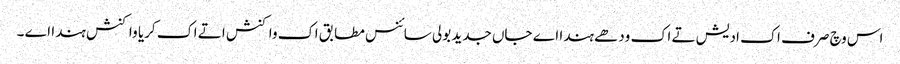
اس وچ صرف اک ادیش تے اک ودھے ہندا اے جاں جدید بولی سائنس مطابق اک واکنش اتے اک کریا واکنش ہندا اے ۔